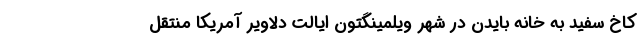
کاخ سفید به خانه بایدن در شهر ویلمینگتون ایالت دلاویر آمریکا منتقل